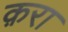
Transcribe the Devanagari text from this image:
क़रा